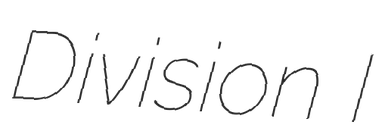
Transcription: Division I